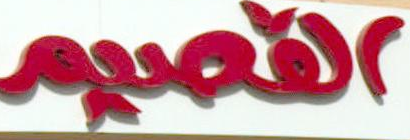
القصيم